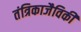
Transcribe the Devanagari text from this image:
तंत्रिकाजैविकी